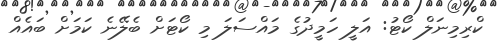
ކްރިމިނަލް ކޯޓު: އަލީ ހަމީދުގެ މައްސަލަ މި ކޯޓަށް ބެލޭނެ ކަމަށް ބައެއް